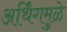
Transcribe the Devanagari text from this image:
अर्थिंगमुळे